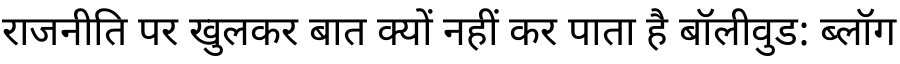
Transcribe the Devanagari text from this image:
राजनीति पर खुलकर बात क्यों नहीं कर पाता है बॉलीवुड: ब्लॉग